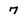
Character: 7